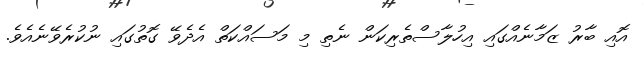
އޮއި ބާރު ޒަމާނެއްގައި އިހުލާސްތެރިކަން ނެތި މި މަސައްކަތް އެދެވޭ ގޮތުގައި ނުކުރެވޭނެއެވެ.